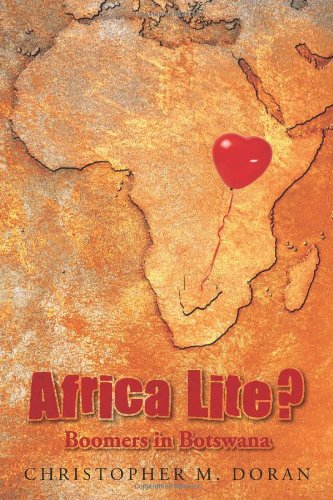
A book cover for Africa Lite ?: Boomers in Botswana; Christopher M. Doran; Travel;